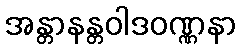
အန္တာနန္တဝါဒဝဏ္ဏနာ